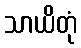
သာယိတုံ